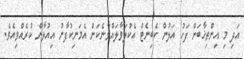
އަދި މި އިންތިޚާބަށް ފަހު އަލުން ކެބިނެޓް އެކުލަވާލައްވާނެކަން އެމަނިކުފާނު އިއުލާން ކުރެއްވިއެވެ.